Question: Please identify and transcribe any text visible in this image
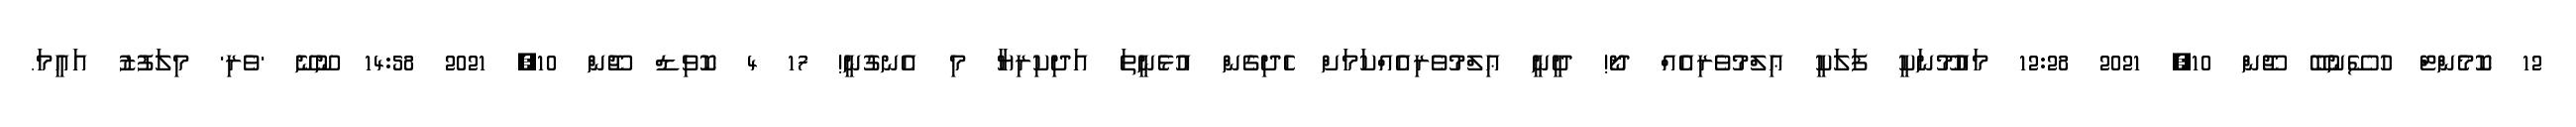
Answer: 12 ކޮމެންޓް ހުސޭނުބޭ ޖޫން 10, 2021 12:28 މައުމޫނަކީ ފަލަކީ ޢިލްމުވެރިއެއް ދޯ! ދީނީ ޢިލްމުވެރިއެއްކަމަށް ހެދިގެން އުޅެނީތަ އަދިކިރިޔާ މި އެނގުނީ! 17 4 ކޮވިޑް ޖޫން 10, 2021 14:58 ނޫނޭ 'ވެރި' މިލަފުޒު އައީމަ.